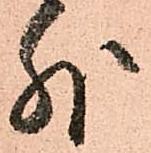
外